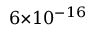
6 { \times } 1 0 ^ { - 1 6 }